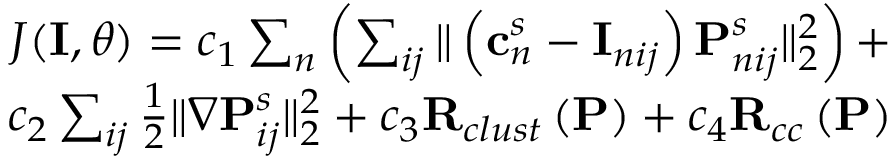
\begin{array} { r } { J ( \mathbf { I } , \theta ) = c _ { 1 } \sum _ { n } \left( \sum _ { i j } \| \left( \mathbf { c } _ { n } ^ { s } - \mathbf { I } _ { n i j } \right) \mathbf { P } _ { n i j } ^ { s } \| _ { 2 } ^ { 2 } \right) + } \\ { c _ { 2 } \sum _ { i j } \frac { 1 } { 2 } \| \ensuremath { \nabla } \mathbf { P } _ { i j } ^ { s } \| _ { 2 } ^ { 2 } + c _ { 3 } \mathbf { R } _ { c l u s t } \left( \mathbf { P } \right) + c _ { 4 } \mathbf { R } _ { c c } \left( \mathbf { P } \right) } \end{array}